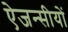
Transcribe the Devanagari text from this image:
ऐजन्सीयों